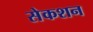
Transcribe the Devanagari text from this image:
सेकशन